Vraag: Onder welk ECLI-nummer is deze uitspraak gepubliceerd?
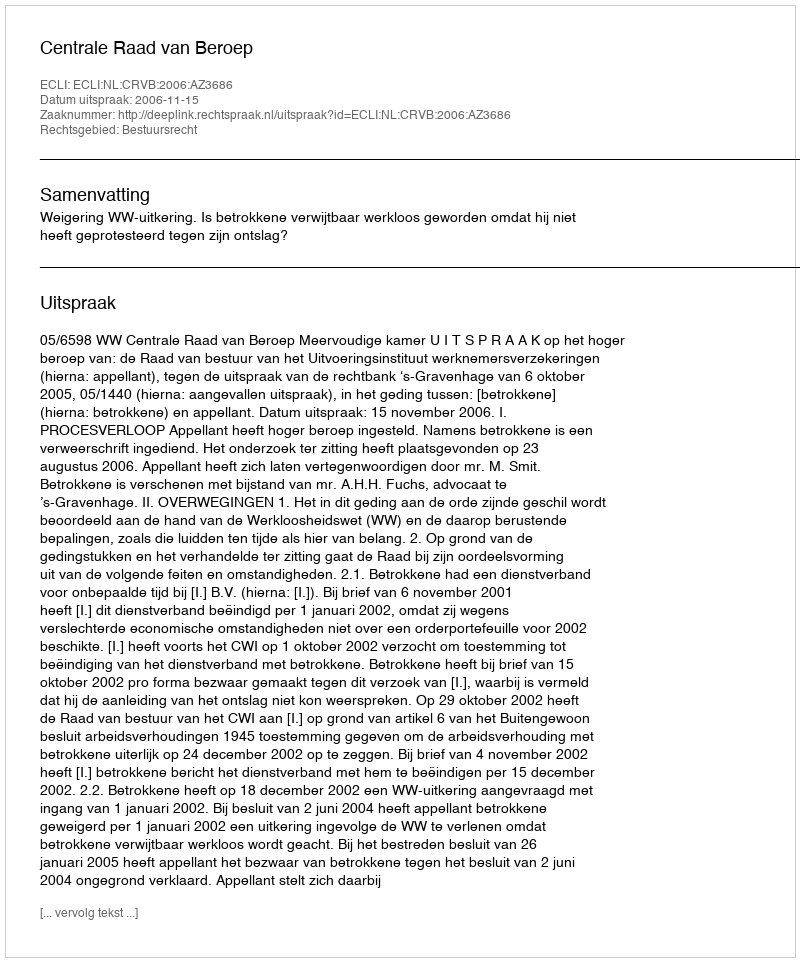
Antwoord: ECLI:NL:CRVB:2006:AZ3686